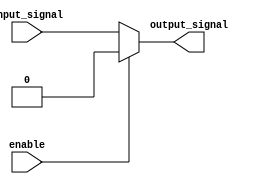
module active_low_buffer (
    input wire enable,
    input wire input_signal,
    output reg output_signal
);

always @(*) begin
    if (enable == 0) begin // Active-low condition
        output_signal = input_signal;
    end else begin
        output_signal = 0;
    end
end

endmodule